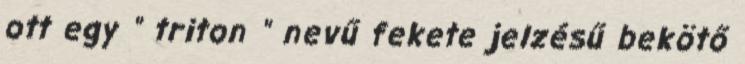
ott egy " triton " nevű fekete jelzésű bekötő